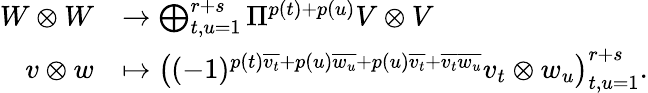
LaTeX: \begin{array}{rl}{W\otimes W}&{\to\bigoplus_{t,u=1}^{r+s}\Pi^{p(t)+p(u)}V\otimes V}\\ {v\otimes w}&{\mapsto\left((-1)^{p(t)\overline{{v_{t}}}+p(u)\overline{{w_{u}}}+p(u)\overline{{v_{t}}}+\overline{{v_{t}}}\overline{{w_{u}}}}v_{t}\otimes w_{u}\right)_{t,u=1}^{r+s}.}\end{array}